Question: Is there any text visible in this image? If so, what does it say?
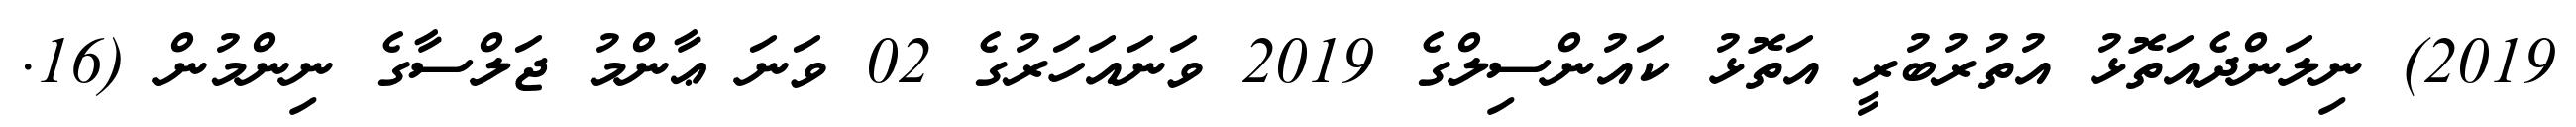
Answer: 2019) ނިލަންދެއަތޮޅު އުތުރުބުރީ އަތޮޅު ކައުންސިލްގެ 2019 ވަނައަހަރުގެ 02 ވަނަ ޢާންމު ޖަލްސާގެ ނިންމުން (16.